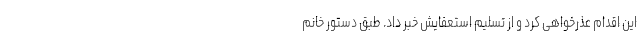
این اقدام عذرخواهی کرد و از تسلیم استعفایش خبر داد. طبق دستور خانم